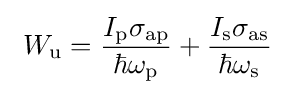
~W_{\rm {u}}={\frac {I_{\rm {p}}\sigma _{\rm {ap}}}{\hbar \omega _{\rm {p}}}}+{\frac {I_{\rm {s}}\sigma _{\rm {as}}}{\hbar \omega _{\rm {s}}}}~